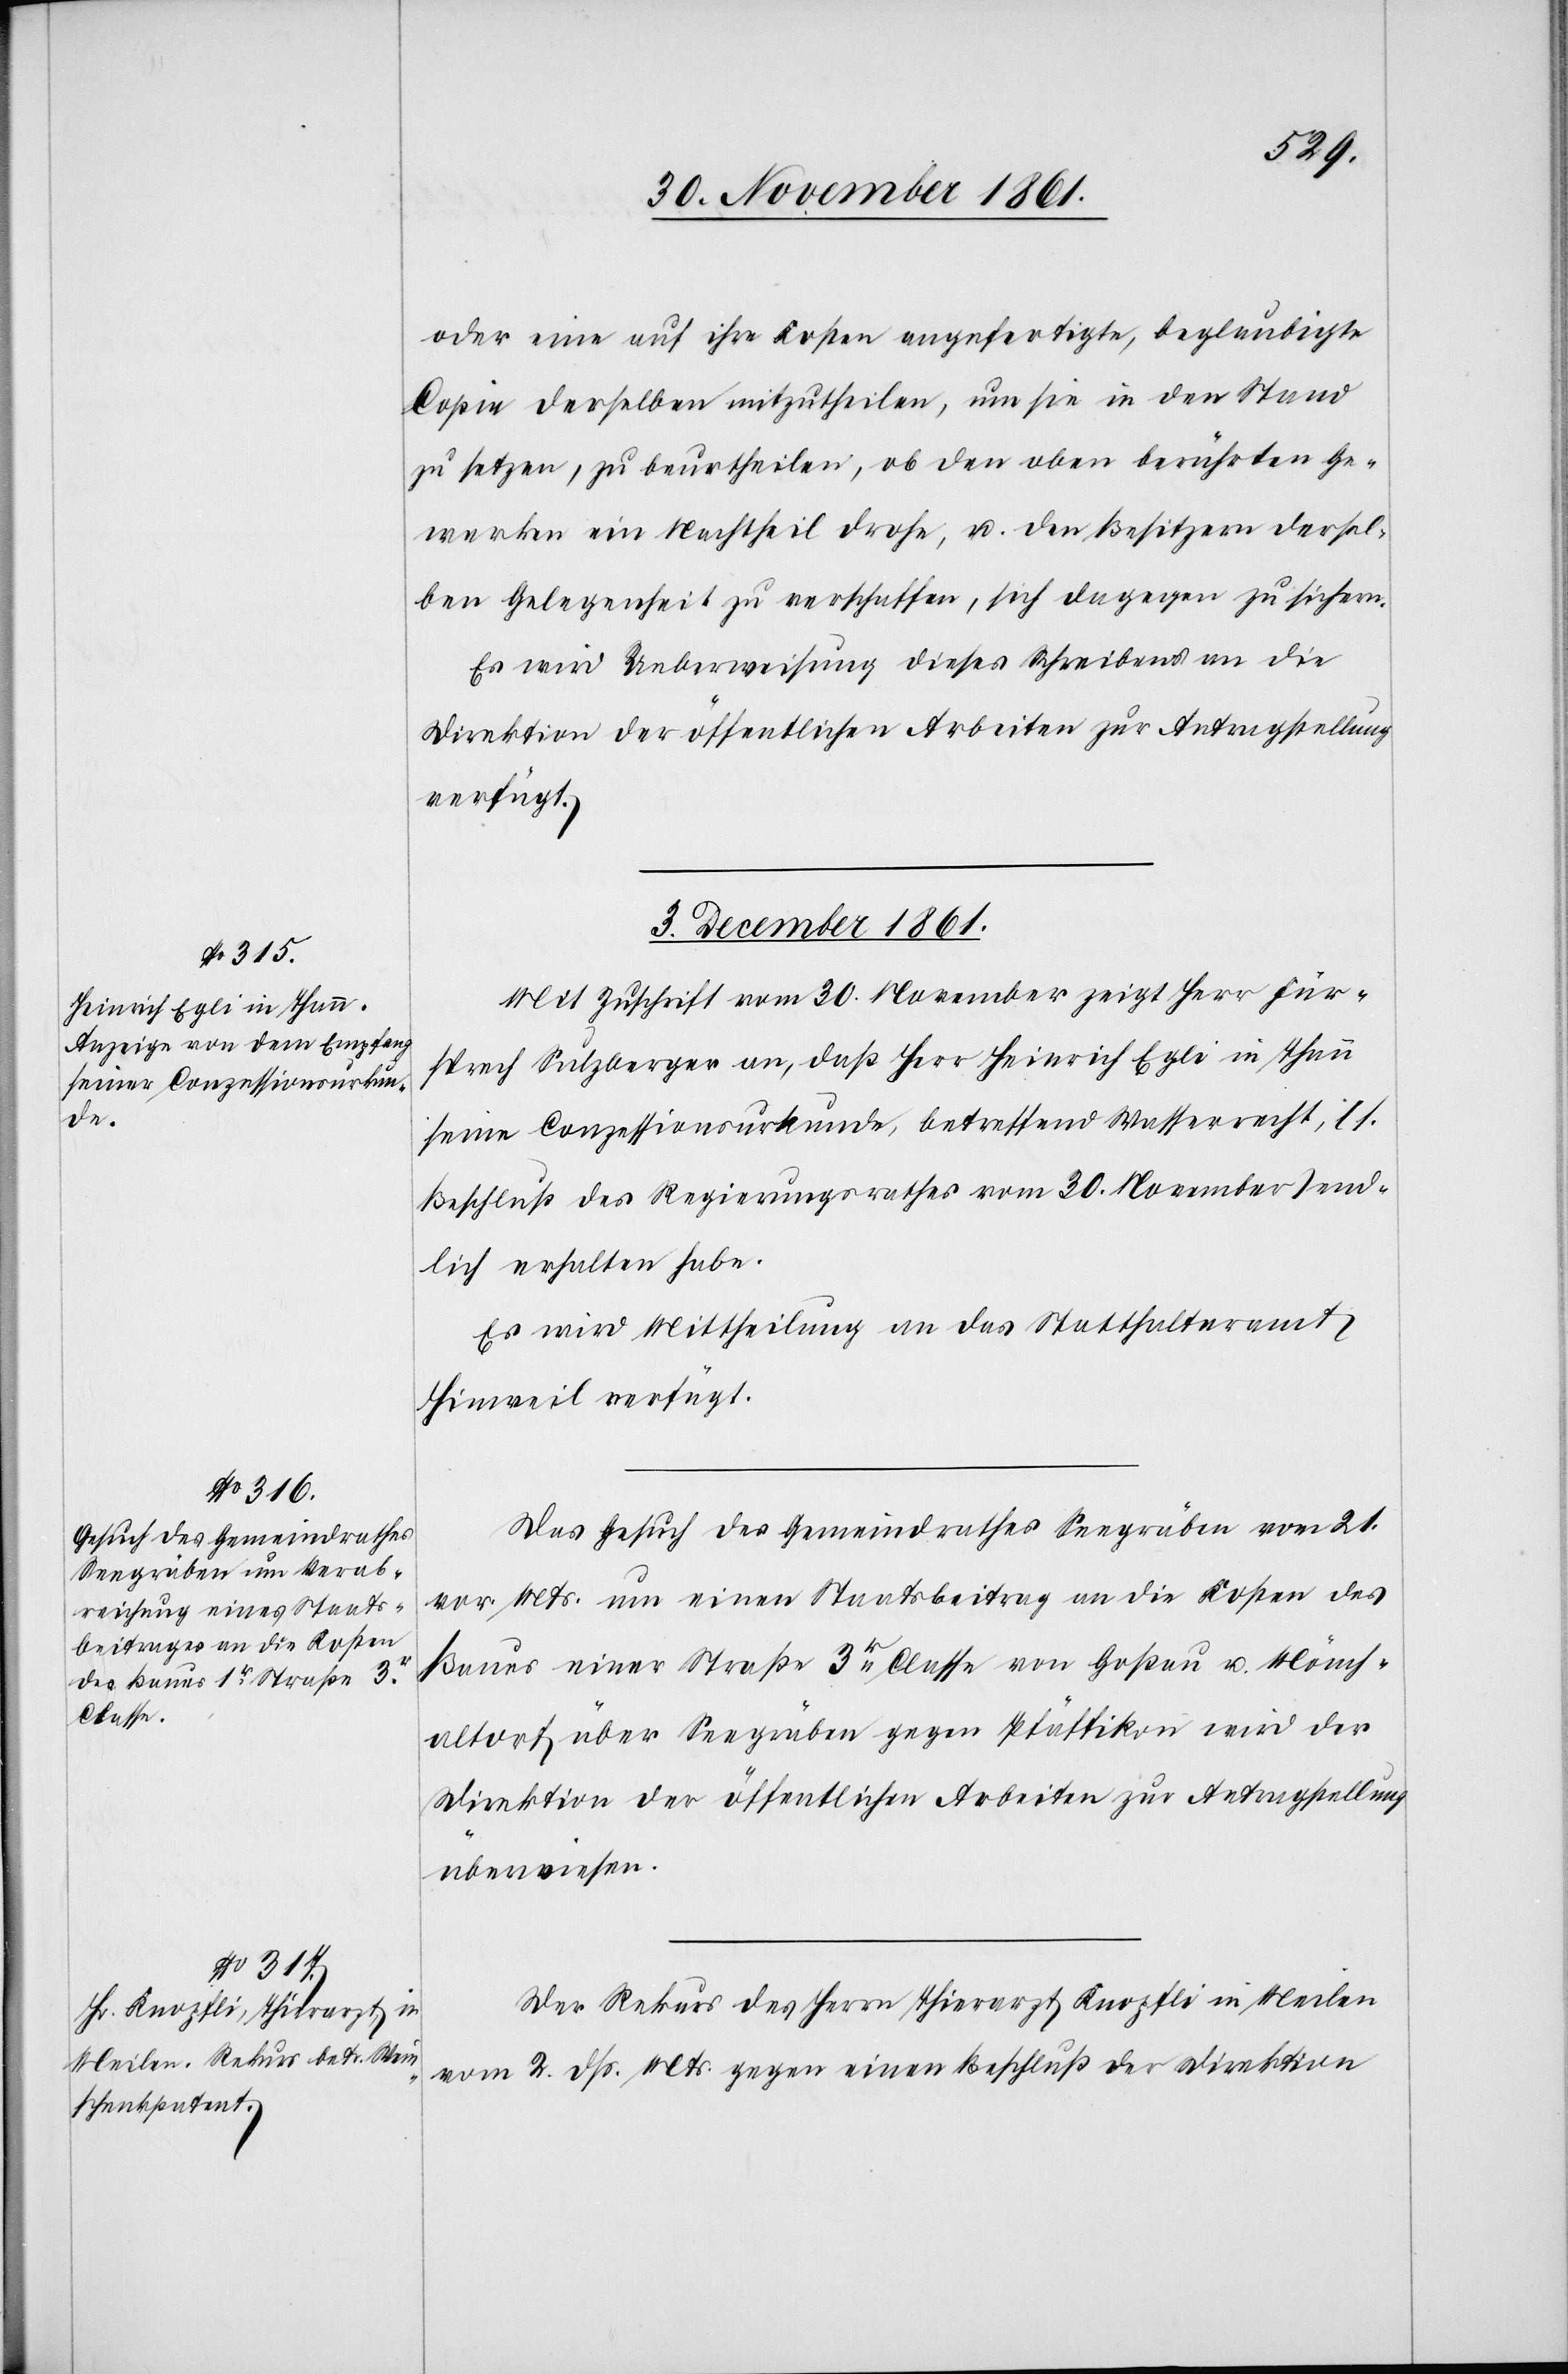
oder eine auf ihre Kosten angefertigte, beglaubigte
Copie derselben mitzutheilen, um sie in den Stand
zu setzen, zu beurtheilen, ob den oben berührten Ge¬
werken ein Nachtheil drohe, u. den Besitzern dersel¬
ben Gelegenheit zu verschaffen, sich dagegen zu sichern.
Es wird Ueberweisung dieses Schreibens an die
Direktion der öffentlichen Arbeiten zur Antragstellung
verfügt.
3 December 1861.]
Mit Zuschrift vom 30 November zeigt Herr Für¬
sprech Sulzberger an, daß Herr Heinrich Egli in Thun
seine Conzessionsurkunde, betreffend Wasserrecht, lt.
Beschluß des Regierungsrathes vom 30 November send¬
lich erhalten habe.
Es wird Mittheilung an das Statthalteramt
Hinweil verfügt.
Das Gesuch des Gemeindrathes Seegräben vom 21
vor. Mts. um einen Staatsbeitrag an die Kosten des
Baues einer Straße 3r Classe von Goßau u. Mönch¬
altorf über Seegräben gegen Pfäffikon wird der
überwiesen.
Der Rekurs des Herrn Thierarzt Knopfli in Meilen
vom 2 dß. Mts. gegen einen Beschluß der Direktion